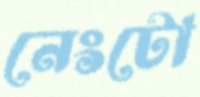
নেংটো